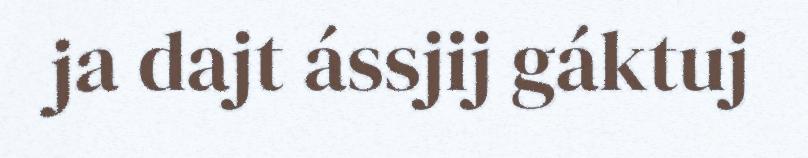
ja dajt ássjij gáktuj